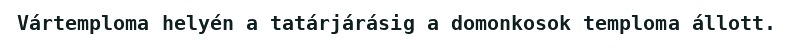
Vártemploma helyén a tatárjárásig a domonkosok temploma állott.